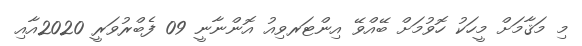
މި މަޤާމަށް މީހަކު ހޮވުމަށް ބޭއްވޭ އިންޓަރވިއު އޮންނާނީ 09 ފެބްރުވަރީ 2020އާއި